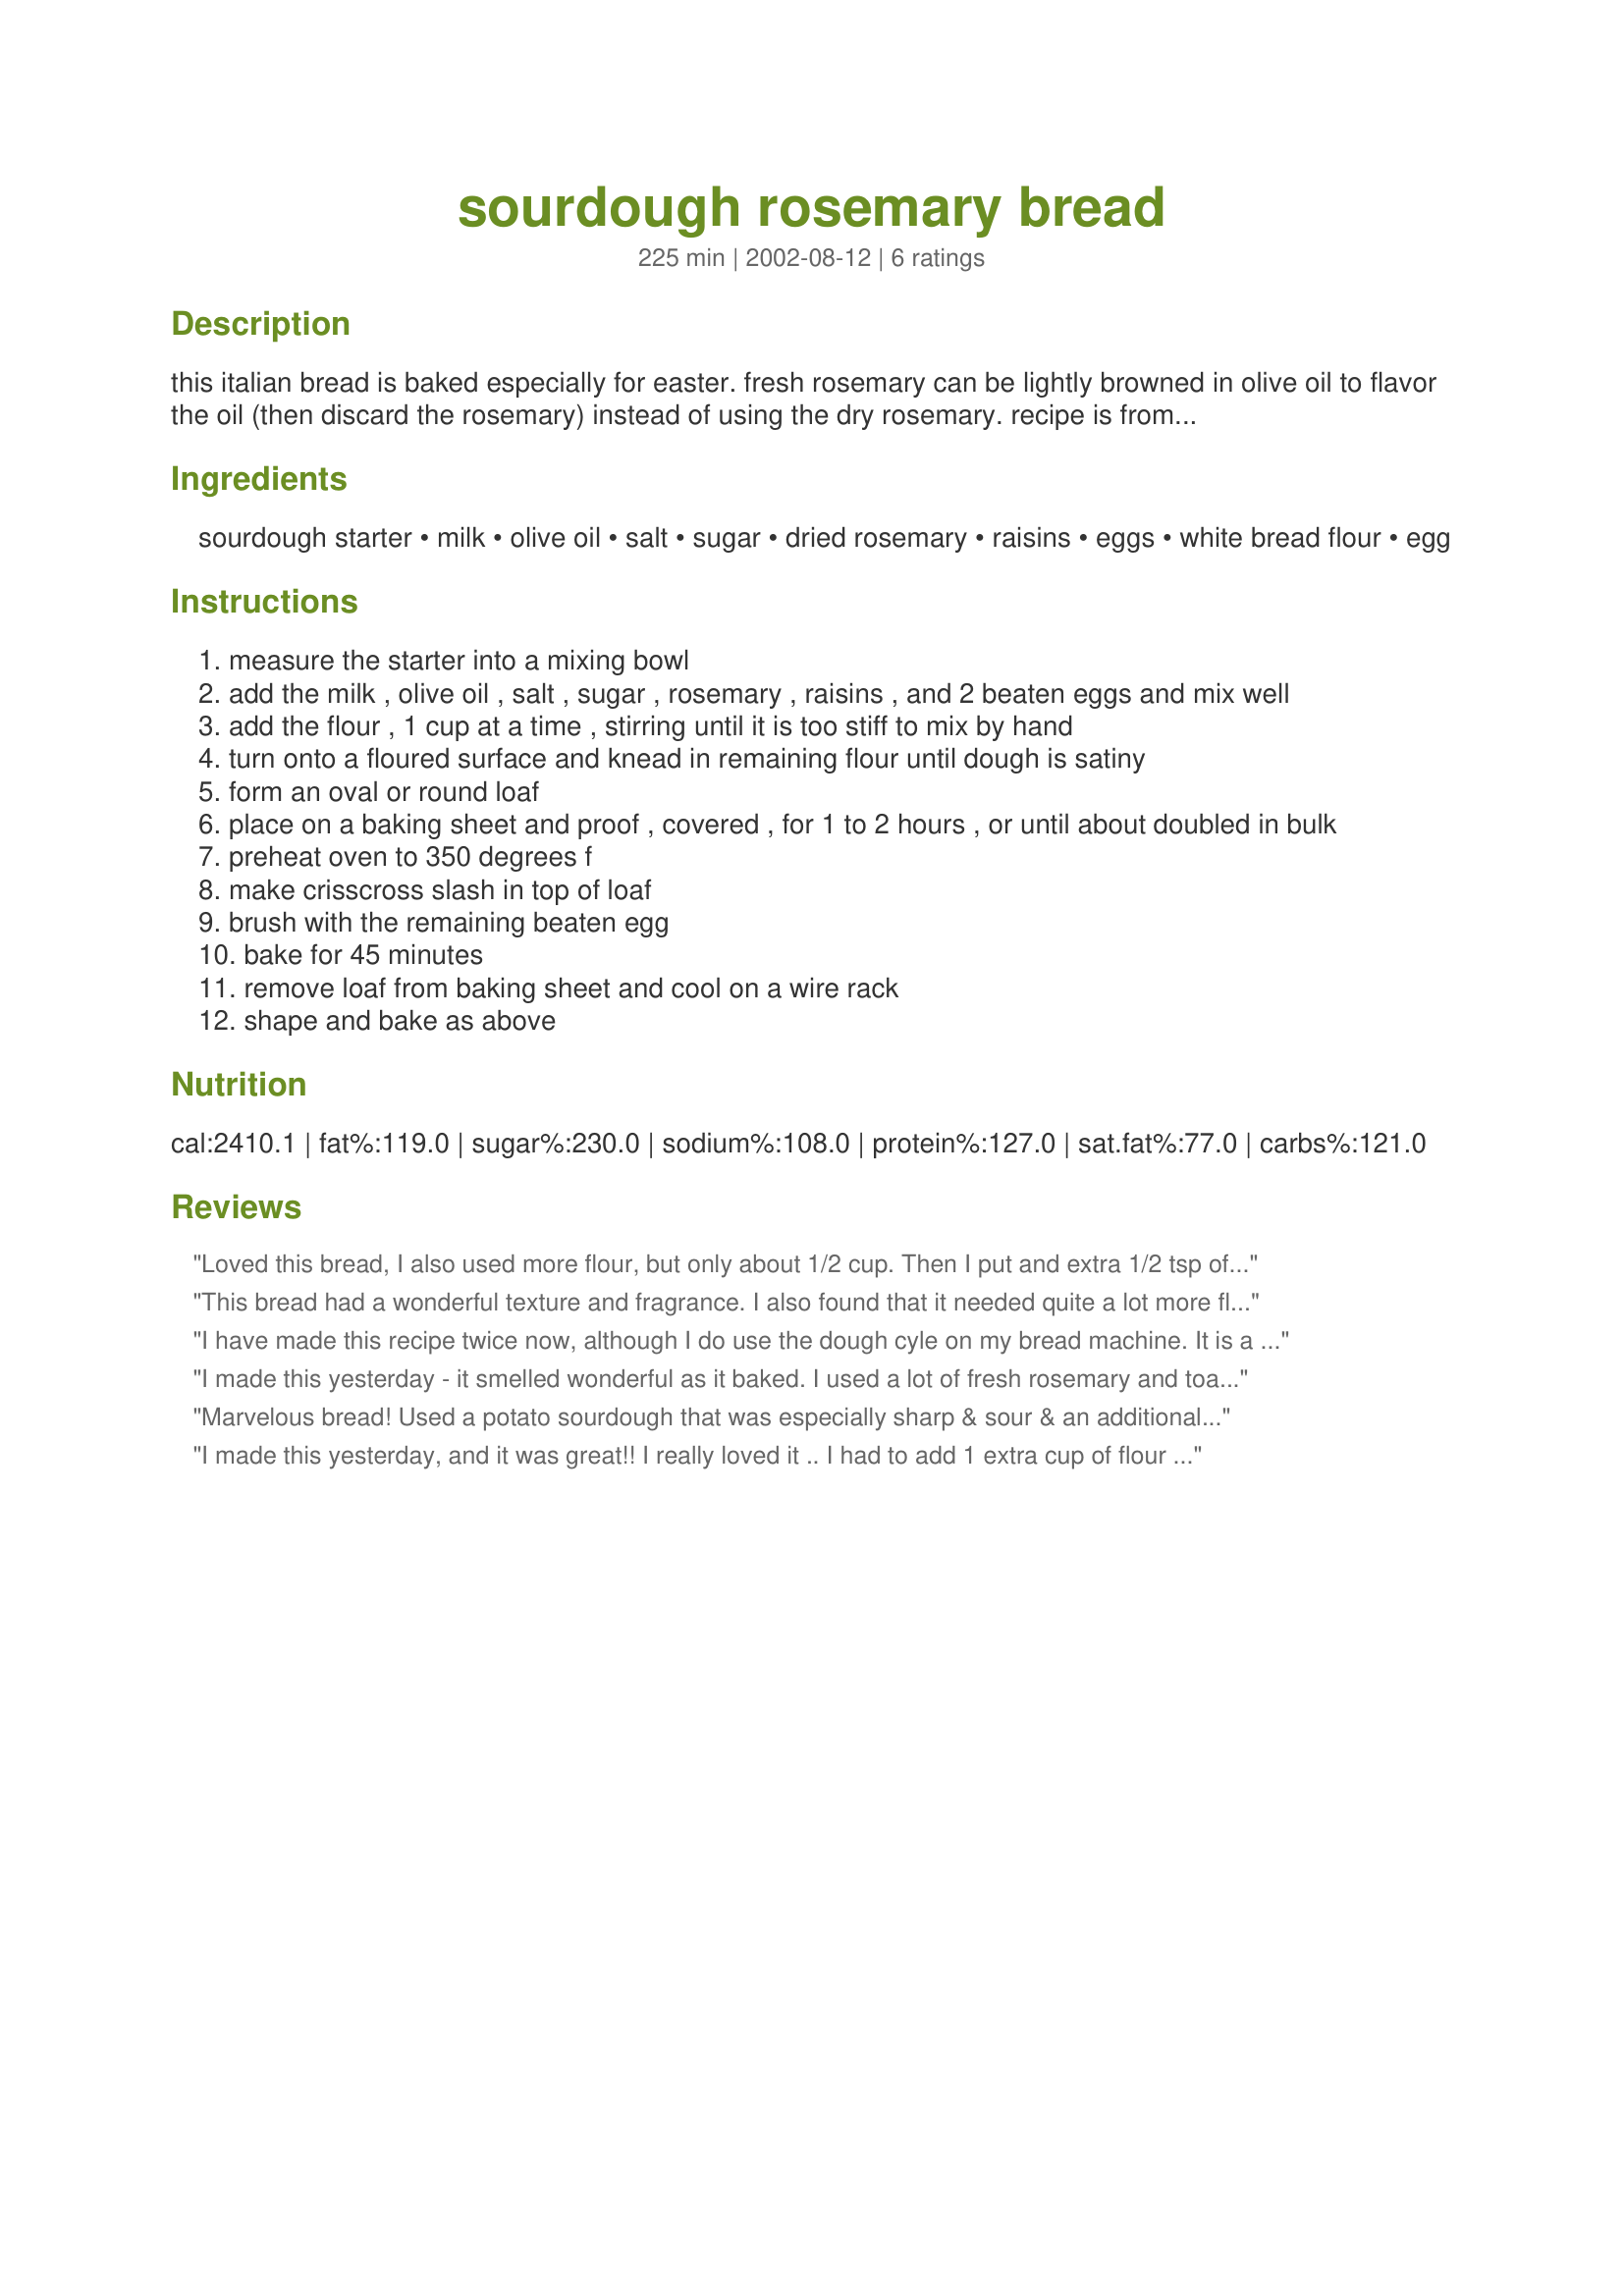
sourdough rosemary bread
Preparation time: 225 minutes

this italian bread is baked especially for easter. fresh rosemary can be lightly browned in olive oil to flavor the oil (then discard the rosemary) instead of using the dry rosemary. recipe is from the book, "world sourdoughs from antiquity" by ed wood.

Ingredients:
sourdough starter, milk, olive oil, salt, sugar, dried rosemary, raisins, eggs, white bread flour, egg

Steps:
measure the starter into a mixing bowl
add the milk , olive oil , salt , sugar , rosemary , raisins , and 2 beaten eggs and mix well
add the flour , 1 cup at a time , stirring until it is too stiff to mix by hand
turn onto a floured surface and knead in remaining flour until dough is satiny
form an oval or round loaf
place on a baking sheet and proof , covered , for 1 to 2 hours , or until about doubled in bulk
preheat oven to 350 degrees f
make crisscross slash in top of loaf
brush with the remaining beaten egg
bake for 45 minutes
remove loaf from baking sheet and cool on a wire rack
shape and bake as above

Reviews:
Loved this bread, I also used more flour, but only about 1/2 cup. Then I put and extra 1/2 tsp of rosemary as I love the flavor, next time I might just go ahead and double. The bread was wonderful and enjoyed as toast for breakfast and again with a sandwich for lunch. This is bound to remain one of my favorites - thanks Donna for another great sourdough recipe. 6-27-2016 Update, continue to make this wonderful bread when ever I want to impress. One of the best
This bread had a wonderful texture and fragrance. I also found that it needed quite a lot more flour - I ended up with about 2 1/2 lbs. of bread, not that I'm complaining. I mixed up everything in the bread machine and let it rise overnight on my cold backporch - in the morning I used the folding techinique several times, and then let my loaf rise for probably a couple of hours. The loaf ended up with a crackly, blistered crust that made the most wonderful sandwiches. I did not put in the raisins, as I could not find any.
I have made this recipe twice now, although I do use the dough cyle on my bread machine. It is a lovely bread (I took a picture and submitted it) and has incredible flavor. I did use freshly ground, fresh rosemary. I, too, had to add about an extra cup of flour and maybe slightly more. I am trying your Garlic & Parmesan (#39632) later this week.
I made this yesterday - it smelled wonderful as it baked. I used a lot of fresh rosemary and toasted it in the olive oil as suggested, but I also added a couple of teaspoons of fresh whole (not ground) rosemary. I used PaulaG's recipe for "foolproof sourdough starter" http://www.recipezaar.com/137811 and the crust was amazing.

 While the dough was rising, I decided to transfer it to a 9" square glass baking dish, which caused the loaf to rise nice and high.
Marvelous bread! Used a potato sourdough that was especially sharp & sour & an additional 1/2 teaspoon of instant yeast. Did initial mixing with Electrolux stand mixer using 1/2 bread flour & 1/2 King Arthur's white whole wheat flour. Added an additional 1 1/4 cups white w/w flour to make it workable. Used 4 T fresh rosemary leaves, bruised & tossed into dough whole & closer to a cup of golden raisins. Made 2 beautiful well risen loaves - blistered crusts & excellent chewy open crumb. This is a keeper recipe. Thank you Donna for posting this great recipe!
I made this yesterday, and it was great!! I really loved it .. I had to add 1 extra cup of flour to the dough, maybe it was my starter .. I also doubled the rosemary, because I love it!! This is really an excellent recipe and I know I'll make it often, thank you!
